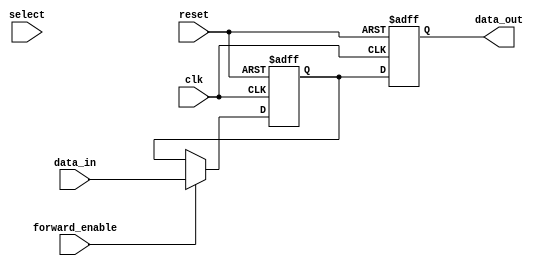
module ForwardingRegister (
    input wire clk,              // Clock signal
    input wire reset,            // Asynchronous reset signal
    input wire [31:0] data_in,   // Input data to be stored in the register (Assuming 32-bit data)
    input wire forward_enable,    // Control signal to enable forwarding
    input wire [1:0] select,      // Select signal for multiple inputs (if needed)
    output reg [31:0] data_out     // Output data of the register
);

    // Register to hold the current stored value
    reg [31:0] stored_value;

    always @(posedge clk or posedge reset) begin
        if (reset) begin
            // Asynchronous reset
            stored_value <= 32'b0;    // Clear the register
            data_out <= 32'b0;        // Clear the output
        end else begin
            if (forward_enable) begin
                // Forward the input data
                stored_value <= data_in; // Store the new data
            end
            
            // Output the current value of the stored_value
            data_out <= stored_value;    // Forwarding output
        end
    end

endmodule